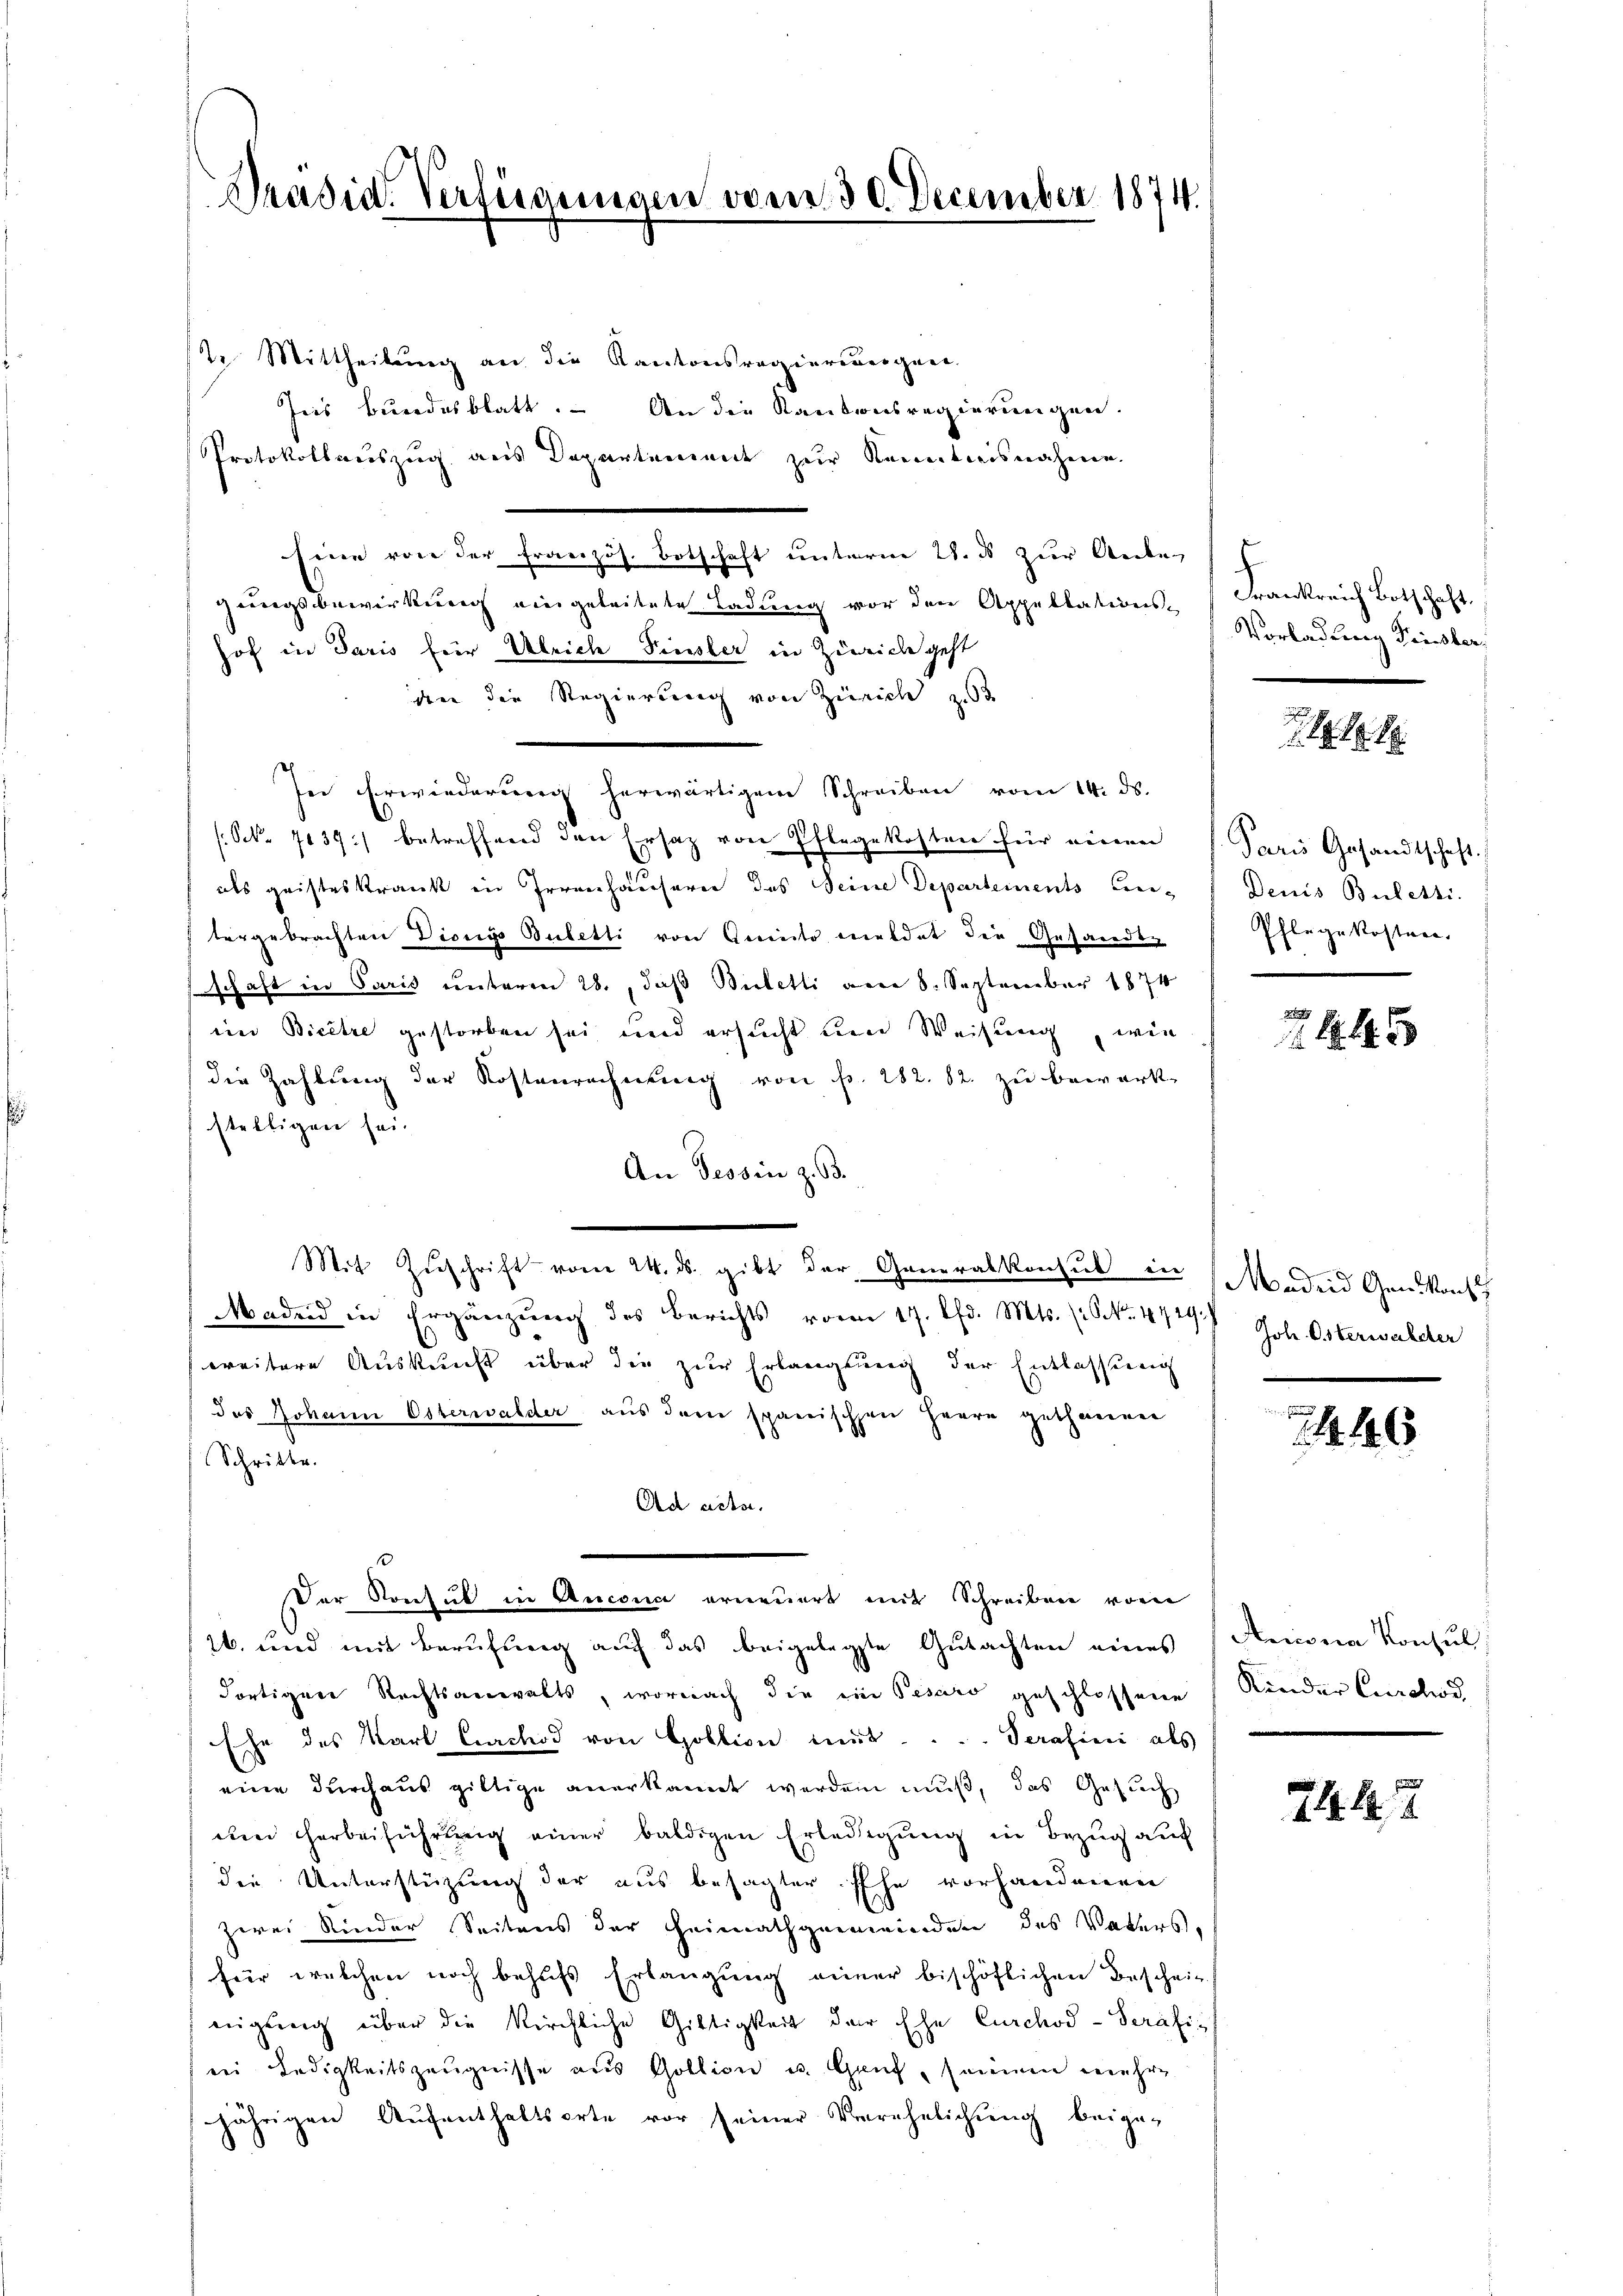
Präsid. Vertigungen vom 30. December 1874.

2. Mittheilung an die Kantonsregierungen.
Jeis Bundesblatt. – An die Kantonsregierungen.
Protokollauszug aus Departement zur Kenntnisnahmen.
Eine von der Französ. Botschaft unterne 28. ds zur Anbe-
gungsbewirkung eingeleitete Ladung vor den Appellations-Frankreich Botschaft.
hof in Paris für Ulriche Finsler in Zürich geht
dnn die Regierung von Zürich z
se Erwiederung herwärtigem Schreiben vom 14. ds.
(Oek. 7137) betreffend den Ersatz von Pflegekosten für einen
als geisteskrank in Irrenhäusern des Seine Departements Eintergebrachten Dionys Buletti von Genicto meldet die Gesandtn
schaft in Paris unterm 28., daß Bieletti am 8. September 1874
ein Bicêtre gestorben sei und ersucht und Weisung, wie
die Zahlung der Kostenrechnung von Fr. 282. 82. zu bewerk-
stelligen sei.
An Tessin z. B.
Mit Zŭschrift vom 24. ds. gibt der Generalkonsul in Moden Gen. Konf
Madrid in Ergänzŭng des Berichts vom 17. Chr. Mts. (ONNo. 4729.
weitere Auskunft über die zur Erlanglung der Entlassung
des Johann Osterwalder aus dem spaerischen Herrn gethanen
Schritte.
Ad acta.
Der Konsul in Ancona erneuert mit Schreiben vom
26. und mit Berufung auf das beigelegte Gutachten eines
dortigen Rechtsanwalts, wornach die ein Pesario geschlossene
Ehe des Karl Circhod von Goltion mit .... Serasini als
eine durchaus giltige anerkannt werden muß, das Gesuch
dten Herbeiführung einer baldigen Erledigŭng in Bezug auch
die Unterstüzung der aus besagter Ehe vorhandenen
zwei Kinder Seitens der Heimathgemeinden des Vaters,
für welchen noch behufs Erlangung einer bischöflichen Beschein
nigung über die Kirchliche Giltigkeit der Ehe Curchod-Seräfis
sein Ledigkeitszeugnisse aus Gollion u. Genf, seinem mehre
jährigen Aŭfenthaltsorte vor seiner Verehelichŭng beige-

Vorladtweg Frister,

80

Paris Gesandtschaft.
Denis Buletti.
Pflegekosten

1
 . .

Joh. Osterwalder

1446

Aniona Konsul
Kinder Curchod

21. 2.